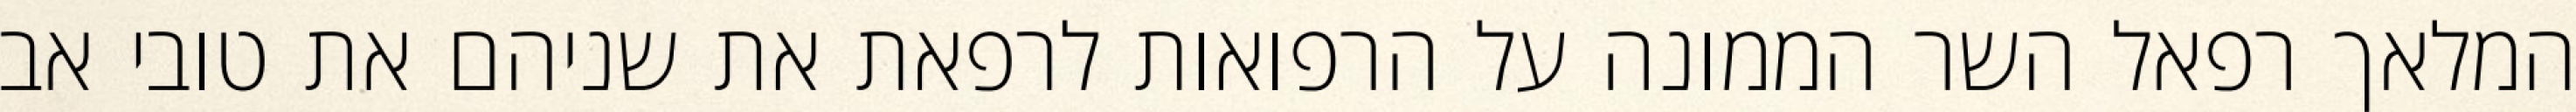
המלאך רפאל השר הממונה על הרפואות לרפאת את שניהם את טובי אב